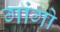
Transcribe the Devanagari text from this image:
गांगो